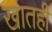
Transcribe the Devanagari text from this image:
खातही